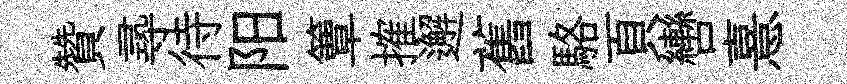
贊𡬶待阳簟搉邂舊駱頁轡憙